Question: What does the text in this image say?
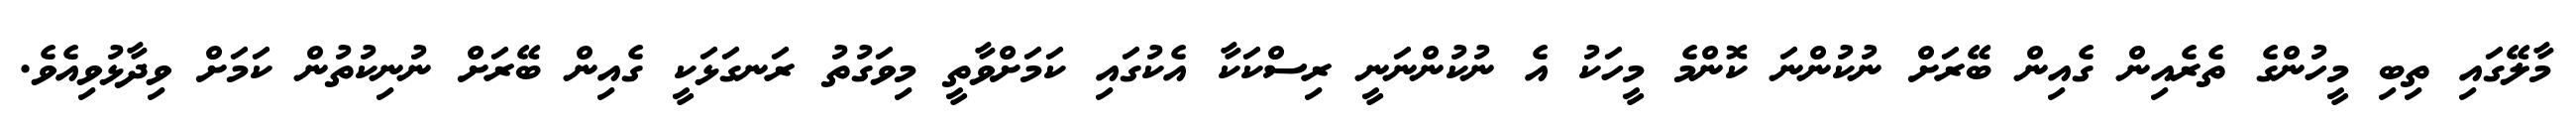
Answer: މާލޭގައި ތިބި މީހުންގެ ތެރެއިން ގެއިން ބޭރަށް ނުކުންނަ ކޮންމެ މީހަކު އެ ނުކުންނަނީ ރިސްކަކާ އެކުގައި ކަމަށްވާތީ މިވަގުތު ރަނގަޅަކީ ގެއިން ބޭރަށް ނުނިކުތުން ކަމަށް ވިދާޅުވިއެވެ.